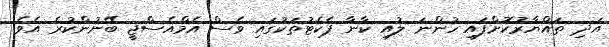
އަދި ތައްޔާރުކޮށްފައި ހުންނަ ލުއި ކާނާ ޕެކެޓުތަކުގައި ވެސް އެމްއެސްޖީ ބޭނުންކުރެ އެވެ.